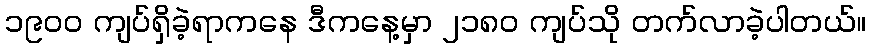
၁၉၀၀ ကျပ်ရှိခဲ့ရာကနေ ဒီကနေ့မှာ ၂၁၈၀ ကျပ်သို တက်လာခဲ့ပါတယ်။